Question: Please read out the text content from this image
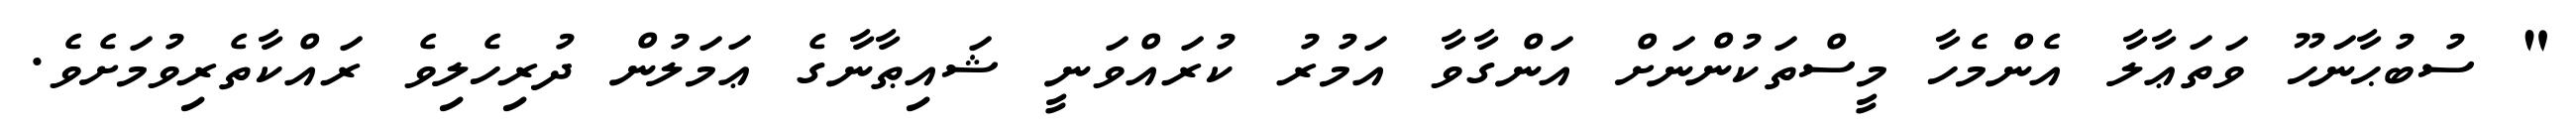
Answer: " ސުބުޙާނަހޫ ވަތަޢާލާ އެންމެހާ މީސްތަކުންނަށް އަންގާވާ އަމުރު ކުރައްވަނީ ޝައިޠާނާގެ ޢަމަލުން ދުރިހެލިވެ ރައްކާތެރިވުމަށެވެ.